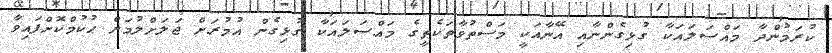
ކުރަމުންދާ މައްސަލައަކާ ގުޅިގެންނާއި އޭނާއަކީ މަސްތުވާތަކެތީގެ މައްސަލައަކާ ގުޅިގެން އުމުރަށް ޖަލަށްލުމަށް ޙުކުމްކޮށްފައިވާ